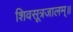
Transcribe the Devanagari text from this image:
शिवसूत्रजालम्॥